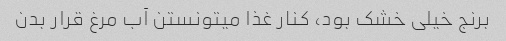
برنج خیلی خشک بود، کنار غذا میتونستن آب مرغ قرار بدن